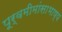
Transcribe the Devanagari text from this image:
पूर्वमीमांसाभाष्य